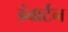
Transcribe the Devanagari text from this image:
डंबार्टन